Annual administration and progress report of the Indian Medical Department, Bombay
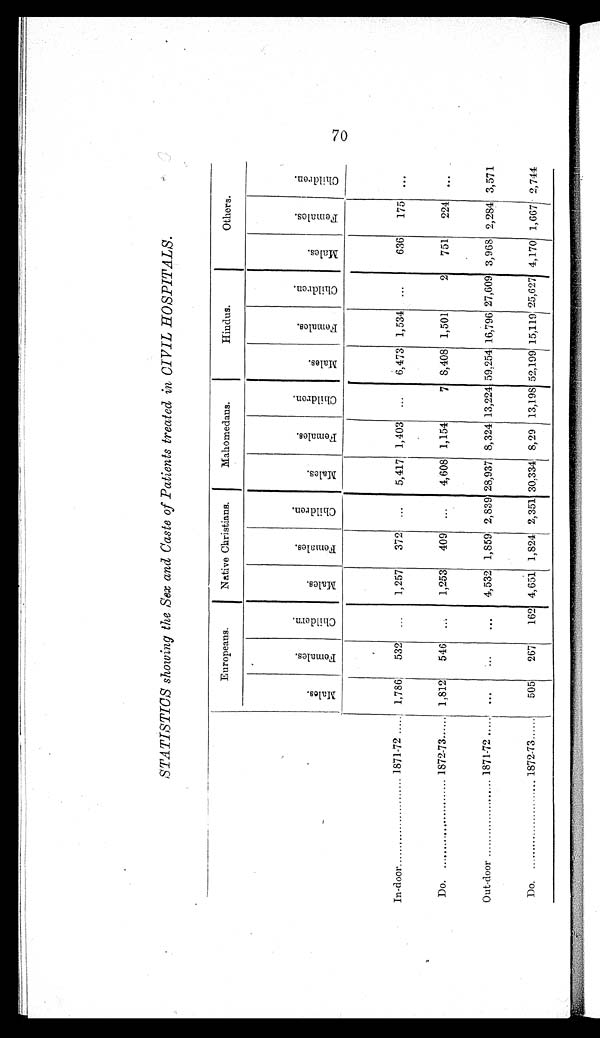
STATISTICS showing the Sex and Caste of Patients treated in CIVIL HOSPITALS.
Europeans.
Native Christians.
Mahomedans.
Hindus.
Others.
M a l e s .
F e m a l e s .
C h i l d r e n .
M a l e s . F e m a l e s .
C h i l d r e n .
M a l e s .
F e m a l e s .
C h i l d r e n .
M a l e s .
F e m a l e s .
C h i l d r e n .
M a l e s .
F e m a l e s . C h i l d r e n .
In-door......................... 1871-72 . . . . . 1,786 532 ... 1,257 372 ... 5,417 1,403 ... 6,473 1,534 ...
636 175
. . .
Do. ......................... 1872-73
. . . . . 1,812 546 ... 1,253 409 ... 4,608 1,154
7 8,408 1,501
2 751 224
. . .
Out-door ..................... 1871-72 ..... ...
...
... 4,532 1,859 2,839 28,937 8,324 13,224 59,254 16,796 27,609 3,968 2,284 3,571
Do.
1872-73
. . . . . 505 267 162 4,651 1,824 2,351 30,334 8,29 13,19S 52,199 15,119 25,627 4,170 1,667 2,744
70